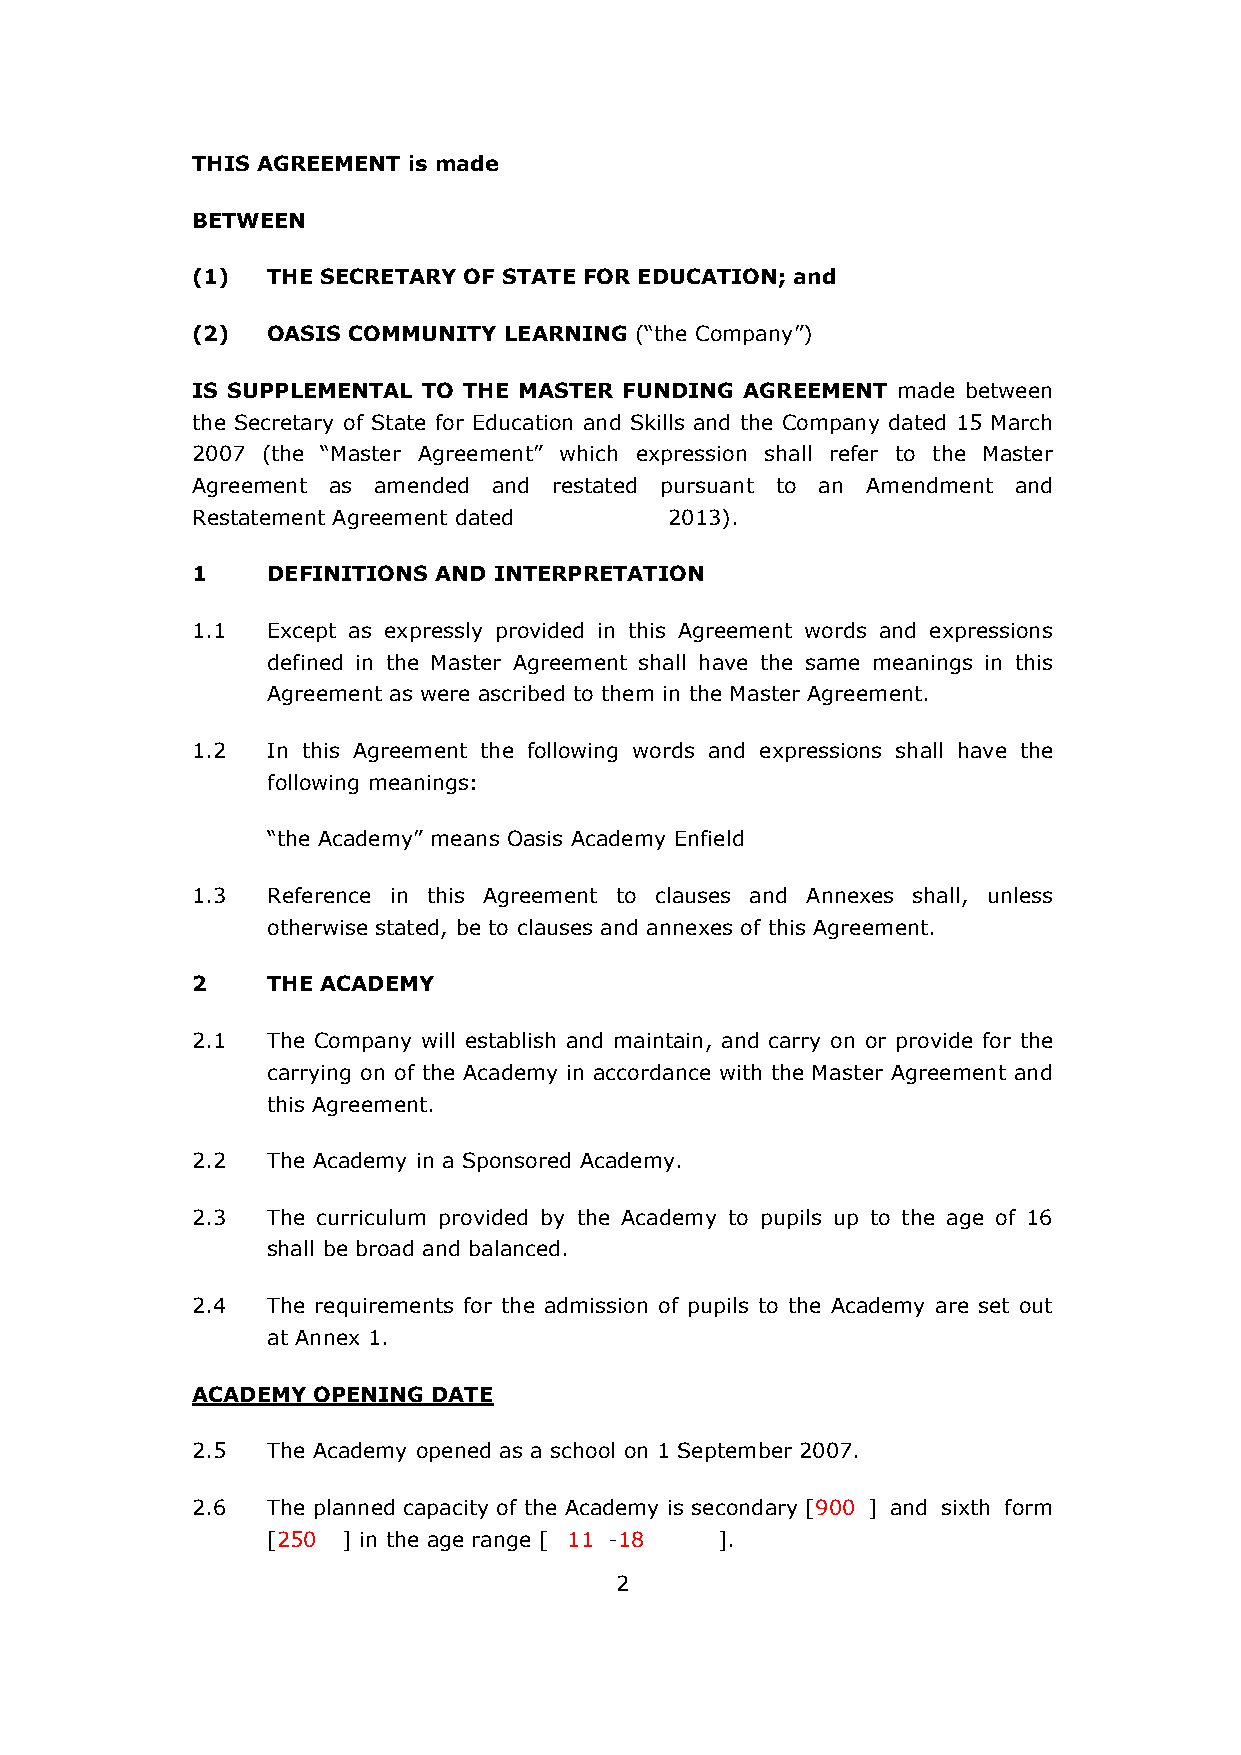
THIS AGREEMENT is made
 BETWEEN
 (1)  THE SECRETARY OF STATE FOR EDUCATION; and
 (2)  OASIS COMMUNITY LEARNING (“the Company”)
 IS SUPPLEMENTAL TO THE MASTER FUNDING AGREEMENT made between
 the Secretary of State for Education and Skills and the Company dated 15 March
 2007 (the “Master Agreement” which expression shall refer to the Master
 Agreement as amended and restated pursuant to an Amendment and
 Restatement Agreement dated    2013).
 1    DEFINITIONS AND INTERPRETATION
 1.1  Except as expressly provided in this Agreement words and expressions
 defined in the Master Agreement shall have the same meanings in this
 Agreement as were ascribed to them in the Master Agreement.
 1.2  In this Agreement the following words and expressions shall have the
 following meanings:
 “the Academy” means Oasis Academy Enfield
 1.3  Reference in this Agreement to clauses and Annexes shall, unless
 otherwise stated, be to clauses and annexes of this Agreement.
 2    THE ACADEMY
 2.1  The Company will establish and maintain, and carry on or provide for the
 carrying on of the Academy in accordance with the Master Agreement and
 this Agreement.
 2.2  The Academy in a Sponsored Academy.
 2.3  The curriculum provided by the Academy to pupils up to the age of 16
 shall be broad and balanced.
 2.4  The requirements for the admission of pupils to the Academy are set out
 at Annex 1.
 ACADEMY OPENING DATE
 2.5  The Academy opened as a school on 1 September 2007.
 2.6  The planned capacity of the Academy is secondary [900 ] and sixth form
 [250 ] in the age range [ 11 -18 ].
 2